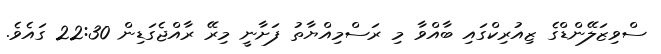
ސްވިޒަލޭންޑްގެ ޒިއުރިކްގައި ބާއްވާ މި ރަސްމިއްޔާތު ފަށާނީ މިރޭ ރާއްޖެގަޑިން 22:30 ގައެވެ.